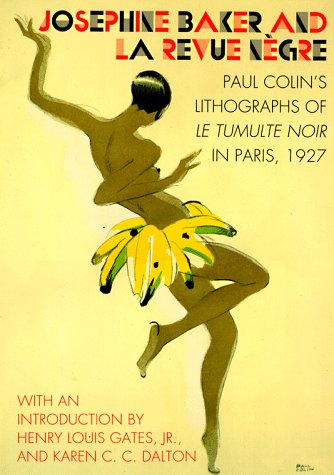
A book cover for Josephine Baker and LA Revue Negre: Paul Colin's Lithographs of Le Tumulte Noir in Paris, 1927; Paul Colin; Arts & Photography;